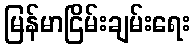
မြန်မာငြိမ်းချမ်းရေး